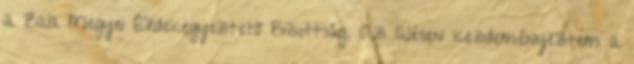
a Zala Megyei Érdekegyeztető Bizottság. Az ülésen kezdeményeztem a